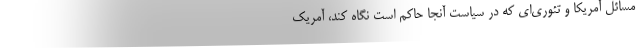
مسائل آمریکا و تئوری‌ای که در سیاست آنجا حاکم است نگاه کند، آمریک